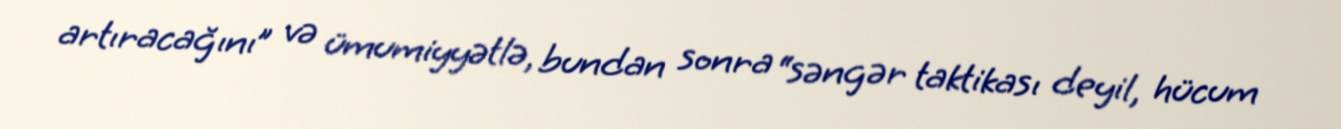
artıracağını” və ümumiyyətlə, bundan sonra “səngər taktikası deyil, hücum